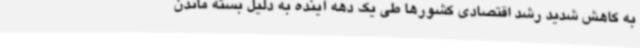
به کاهش شدید رشد اقتصادی کشورها طی یک دهه آینده به دلیل بسته ماندن